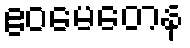
ဧဝမေတေန